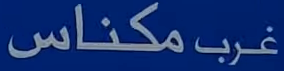
مكنااس غرب